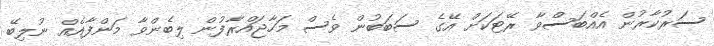
ސަރުކާރުން އެއްބަސްވާ ރޭޓަކަށް އޭގެ ސަބަބުން ވެސް މަހާޖައްރާފުން ލިބެންވާ މަންފާއެއް ނުލިބޭ